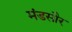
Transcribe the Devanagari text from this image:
मंडसौर